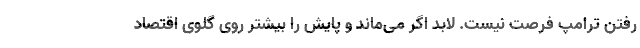
رفتن ترامپ فرصت نیست. لابد اگر می‌ماند و پایش را بیشتر روی گلوی اقتصاد